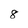
Character: 8